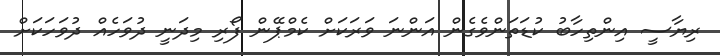
ރިޔާސީ އިންތިހާބު ކުޑަތަންވެގެން އަންނަ ވަރަކަށް ކެމްޕޭން ފޯރި މިދަނީ ދުވަހެއް ދުވަހަކަށް